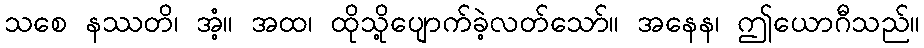
သစေ နဿတိ၊ အံ့။ အထ၊ ထိုသို့ပျောက်ခဲ့လတ်သော်။ အနေန၊ ဤယောဂီသည်။